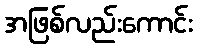
အဖြစ်လည်းကောင်း